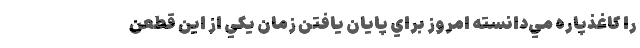
را كاغذپاره مي‌دانسته امروز براي پايان يافتن زمان يكي از اين قطعن